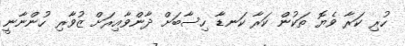
ހުރި ކަރާ ވެޔޮ ތަކުން ކަރާ ކަނޑާ ހިސާބަށް ދާންވާއިރަށް ޒުވާރި ހުންނާނީ